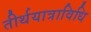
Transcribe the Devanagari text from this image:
तीर्थयात्राविधि